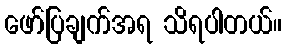
ဖော်ပြချက်အရ သိရပါတယ်။